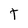
Character: t